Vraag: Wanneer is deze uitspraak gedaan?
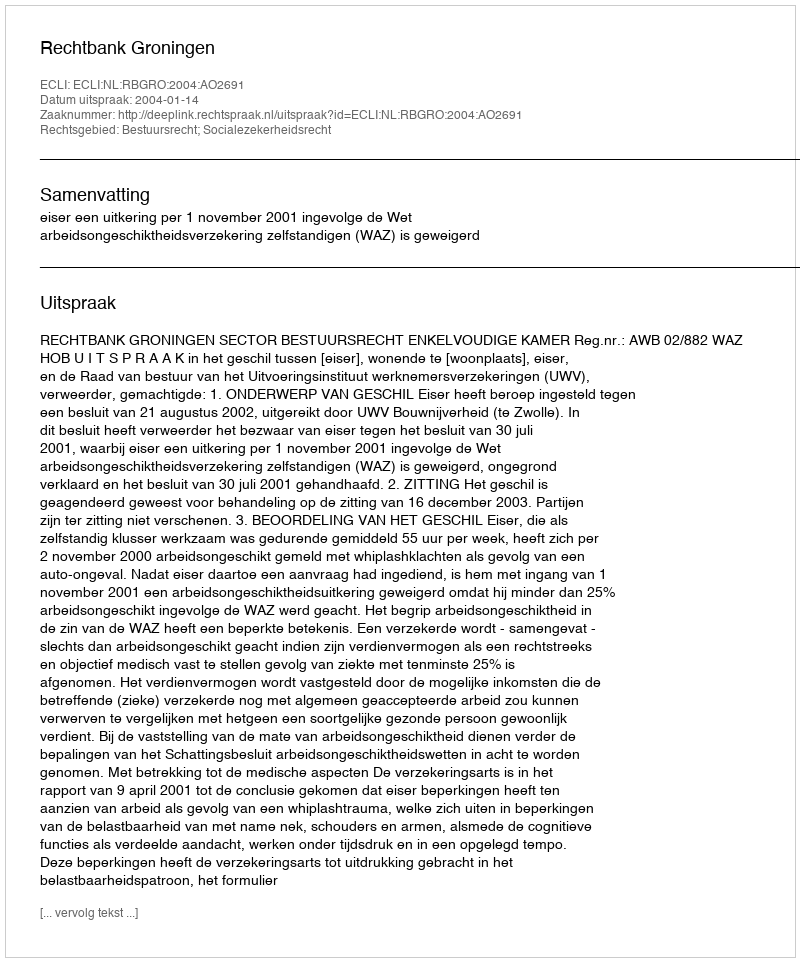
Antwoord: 2004-01-14